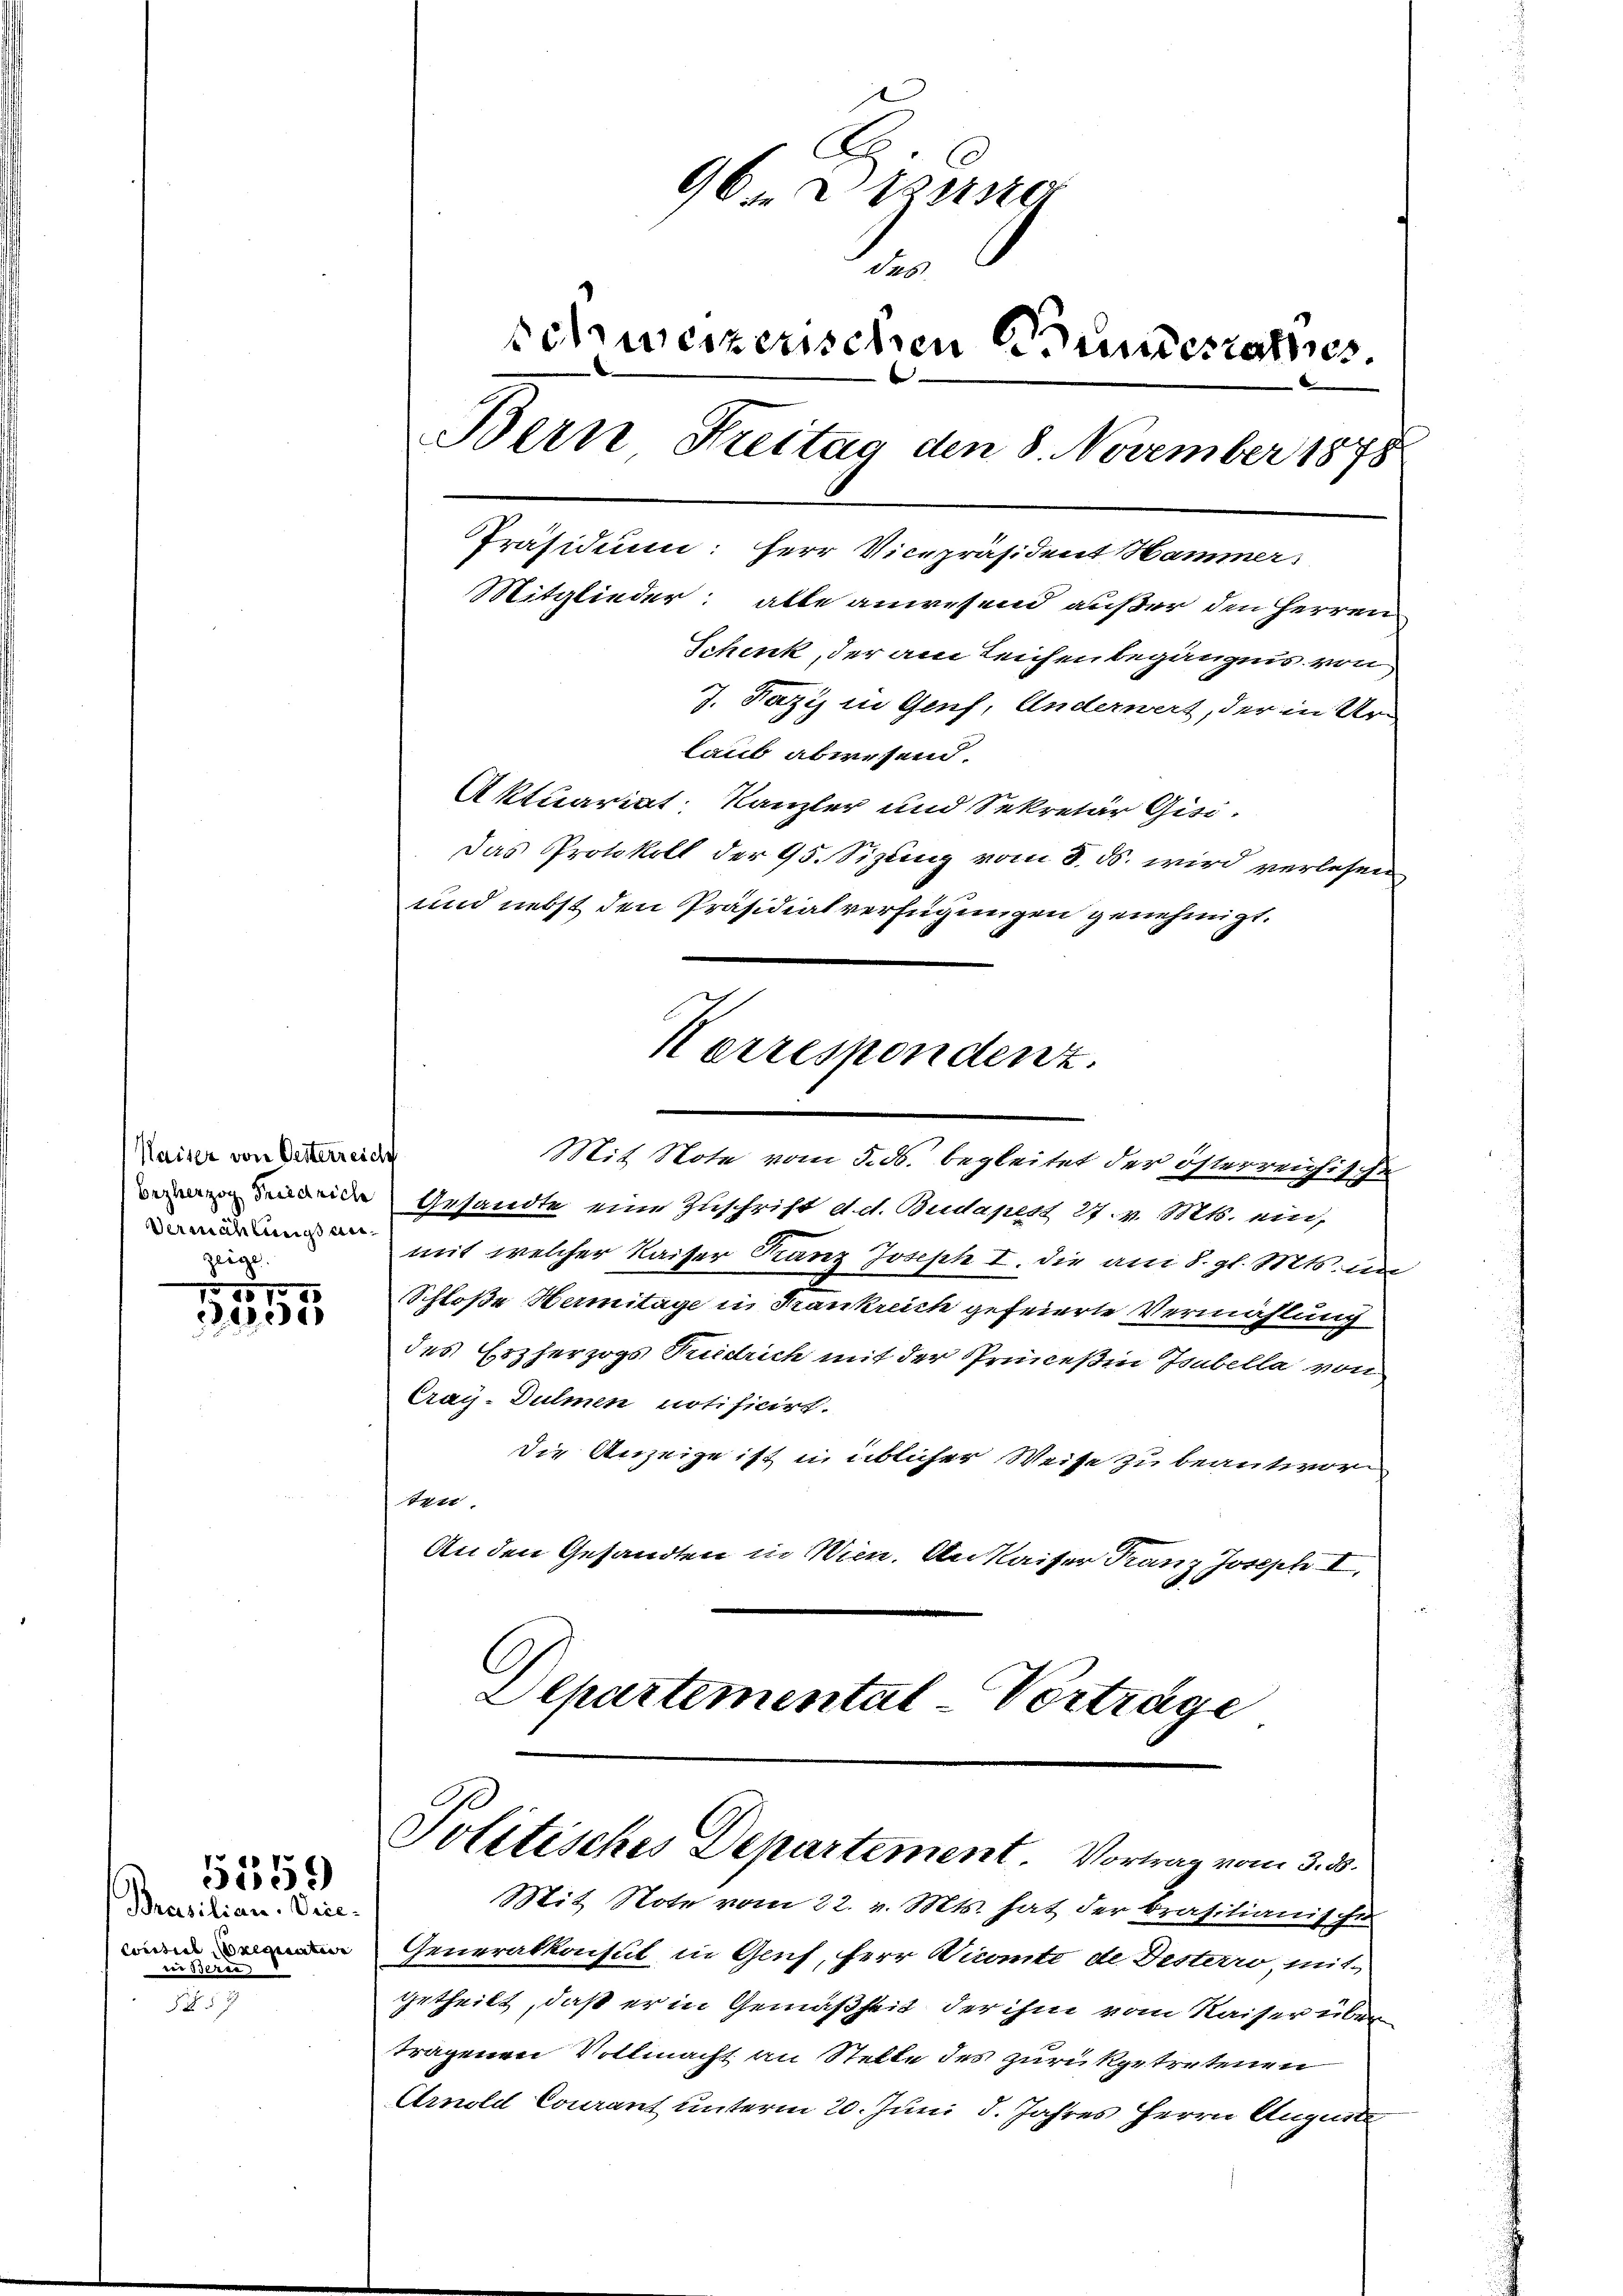
Waiser von Oesterreich
zeige.

1579
1820

Prasilian. Vice-
Contiel Exeqisation |
wissern

1

5559

96. Diese
t
Schweizenschen Bundesrathes
Bern Freitag den 8. November 1878

Präsidium: Herr Vicepräsident Hammer,
Mitglieder alle anwesend außer den Herren
Schenk, der am Leichen begängnis von
J. Fazy in Genf, Anderwert, der in Ur-
laub abwesend.
Aktuariat. Kanzler und Sekretär Gisi¬
Das Protokoll der 95. Sizung vom 8. ds. wird verlesen
und nebst den Präsidialverfügungen genehmigt.
Korrespondenz.
Mit Note vom 5. ds. begleitet der österreichische
de Gesandte eine Zuschrift d.d. Budapest 27. v. Mts. ein
 mit welcher Kaiser Kanz Jouph I. die am 8. gl. Mts. an
Schloße Hermitage in Frankreich gefeierte Vermählung
des Erzherzogs Tuidrich mit der Princeßin Isubella von
Cray-Dulmen notificirt.
Die Anzeige ist in üblicher Weise zu beantwor
ten.
An den Gesandten in Wien. An Kaiser Franz Joseph I,
Departemental Vorträge

Politisches Departement. Vortrag vom 3. 3.

Mit Note vom 22. v. Mts. hat der brasilianische
Generalkonsul in Genf, Herr Viomte de Desterro, mit
getheilt, daß er in Gemäßheit der ihm vom Kaiser über
tragenen Vollmacht an Stelle des zurükgetretenen
Arnold Courant unterm 20. Juni d. Jahres Herrn Auguste